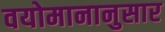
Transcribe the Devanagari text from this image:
वयोमानानुसार